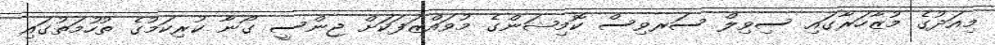
މިއަދުގެ މުޒާހަރާގައި ސިވިލް ސަރވިސް ކޮމިޝަންގެ މުވައްޒަފަކަށް ޖިންސީ ގޯނާ ކުރިކަމުގެ ތުހުމަތުގައި